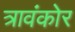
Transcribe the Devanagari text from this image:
त्रावंकोर